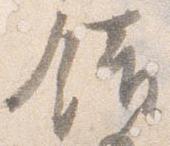
錯